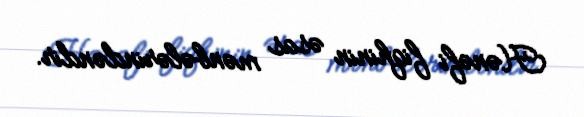
Hənəfi fiqhinin əsas mənbələrindəndir.